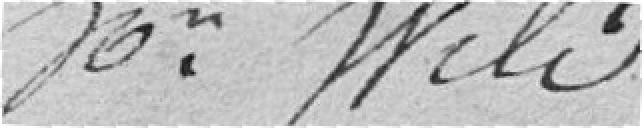
Monsieur Wild